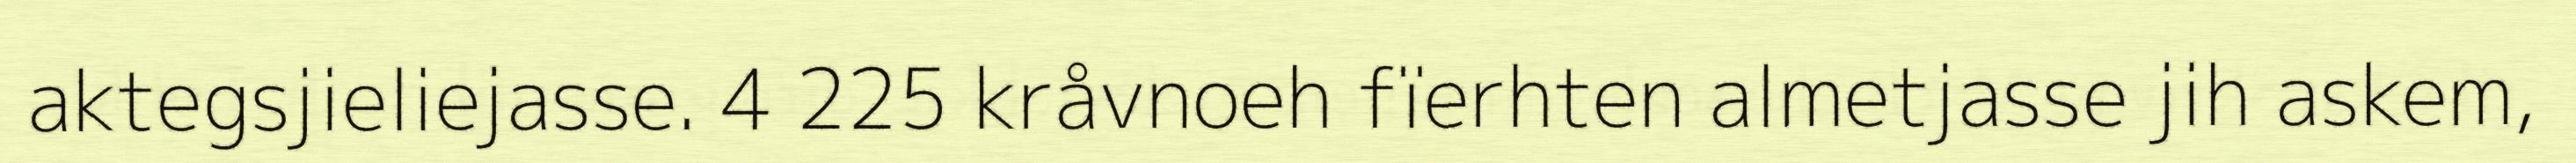
aktegsjieliejasse. 4 225 kråvnoeh fïerhten almetjasse jih askem,